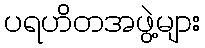
ပရဟိတအဖွဲ့များ